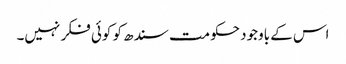
اس کے باوجود حکومت سندھ کو کوئی فکر نہیں۔